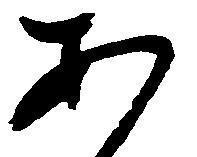
あ